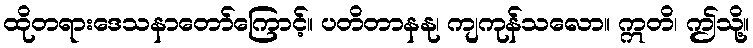
ထိုတရားဒေသနာတော်ကြောင့်။ ပတိတာနနု၊ ကျကုန်သလော။ ဣတိ၊ ဤသို့။